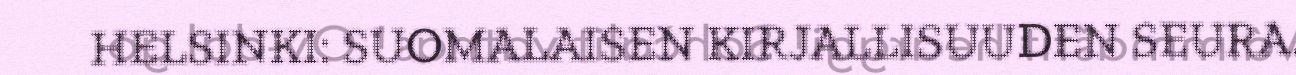
HELSINKI: SUOMALAISEN KIRJALLISUUDEN SEURA.